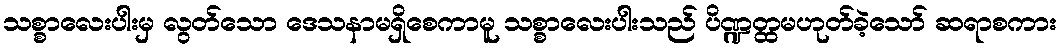
သစ္စာလေးပါးမှ လွတ်သော ဒေသနာမရှိစေကာမူ သစ္စာလေးပါးသည် ပိဏ္ဍတ္ထမဟုတ်ခဲ့သော် ဆရာစကား